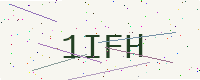
Text: 1IFH